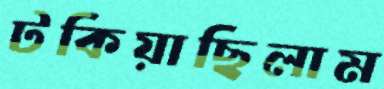
টকিয়াছিলাম